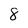
Character: 8